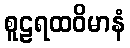
စူဠရထဝိမာနံ